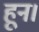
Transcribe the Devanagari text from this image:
हून।